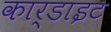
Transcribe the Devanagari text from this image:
कार्डाइट